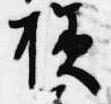
様